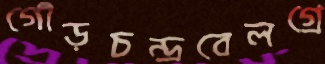
গৌড়চন্দ্রবেলগ্রে